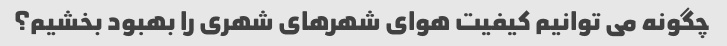
چگونه می توانیم کیفیت هوای شهرهای شهری را بهبود بخشیم؟